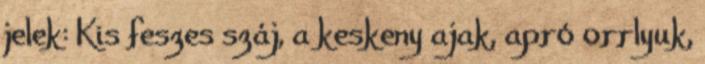
jelek: Kis feszes száj, a keskeny ajak, apró orrlyuk,